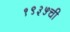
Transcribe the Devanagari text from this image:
१९३५ची